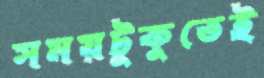
সময়টুকুতেই